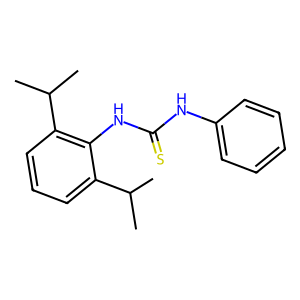
SMILES: CC(C)c1cccc(C(C)C)c1NC(=S)Nc1ccccc1
Inhibits HIV replication: No